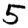
Digit: 5